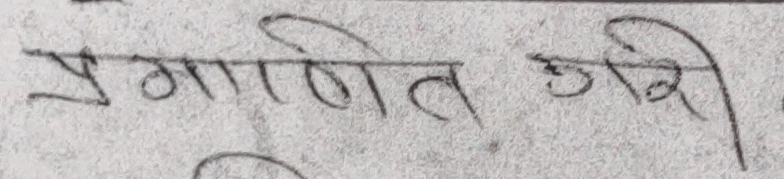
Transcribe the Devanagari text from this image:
प्रमाणित गरी